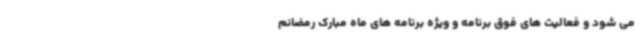
می شود و فعالیت های فوق برنامه و ویژه برنامه های ماه مبارک رمضانم